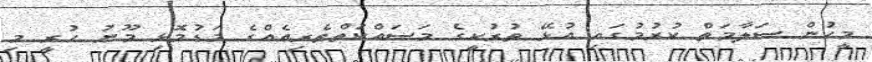
މީހުން ސަލާމަތް ކުރުމުގައި އުޅޭ ތުރުކީގެ މަސައްކަތްތެރިއެއްގެ މަޑުމޮޅި މޫނު ހުރީ މި